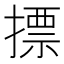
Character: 摽